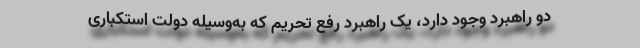
دو راهبرد وجود دارد، یک راهبرد رفع تحریم که به‌وسیله دولت استکباری